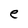
Character: e